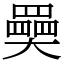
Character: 奰